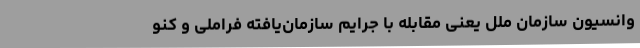
وانسیون سازمان ملل یعنی مقابله با جرایم سازمان‌یافته فراملی و کنو